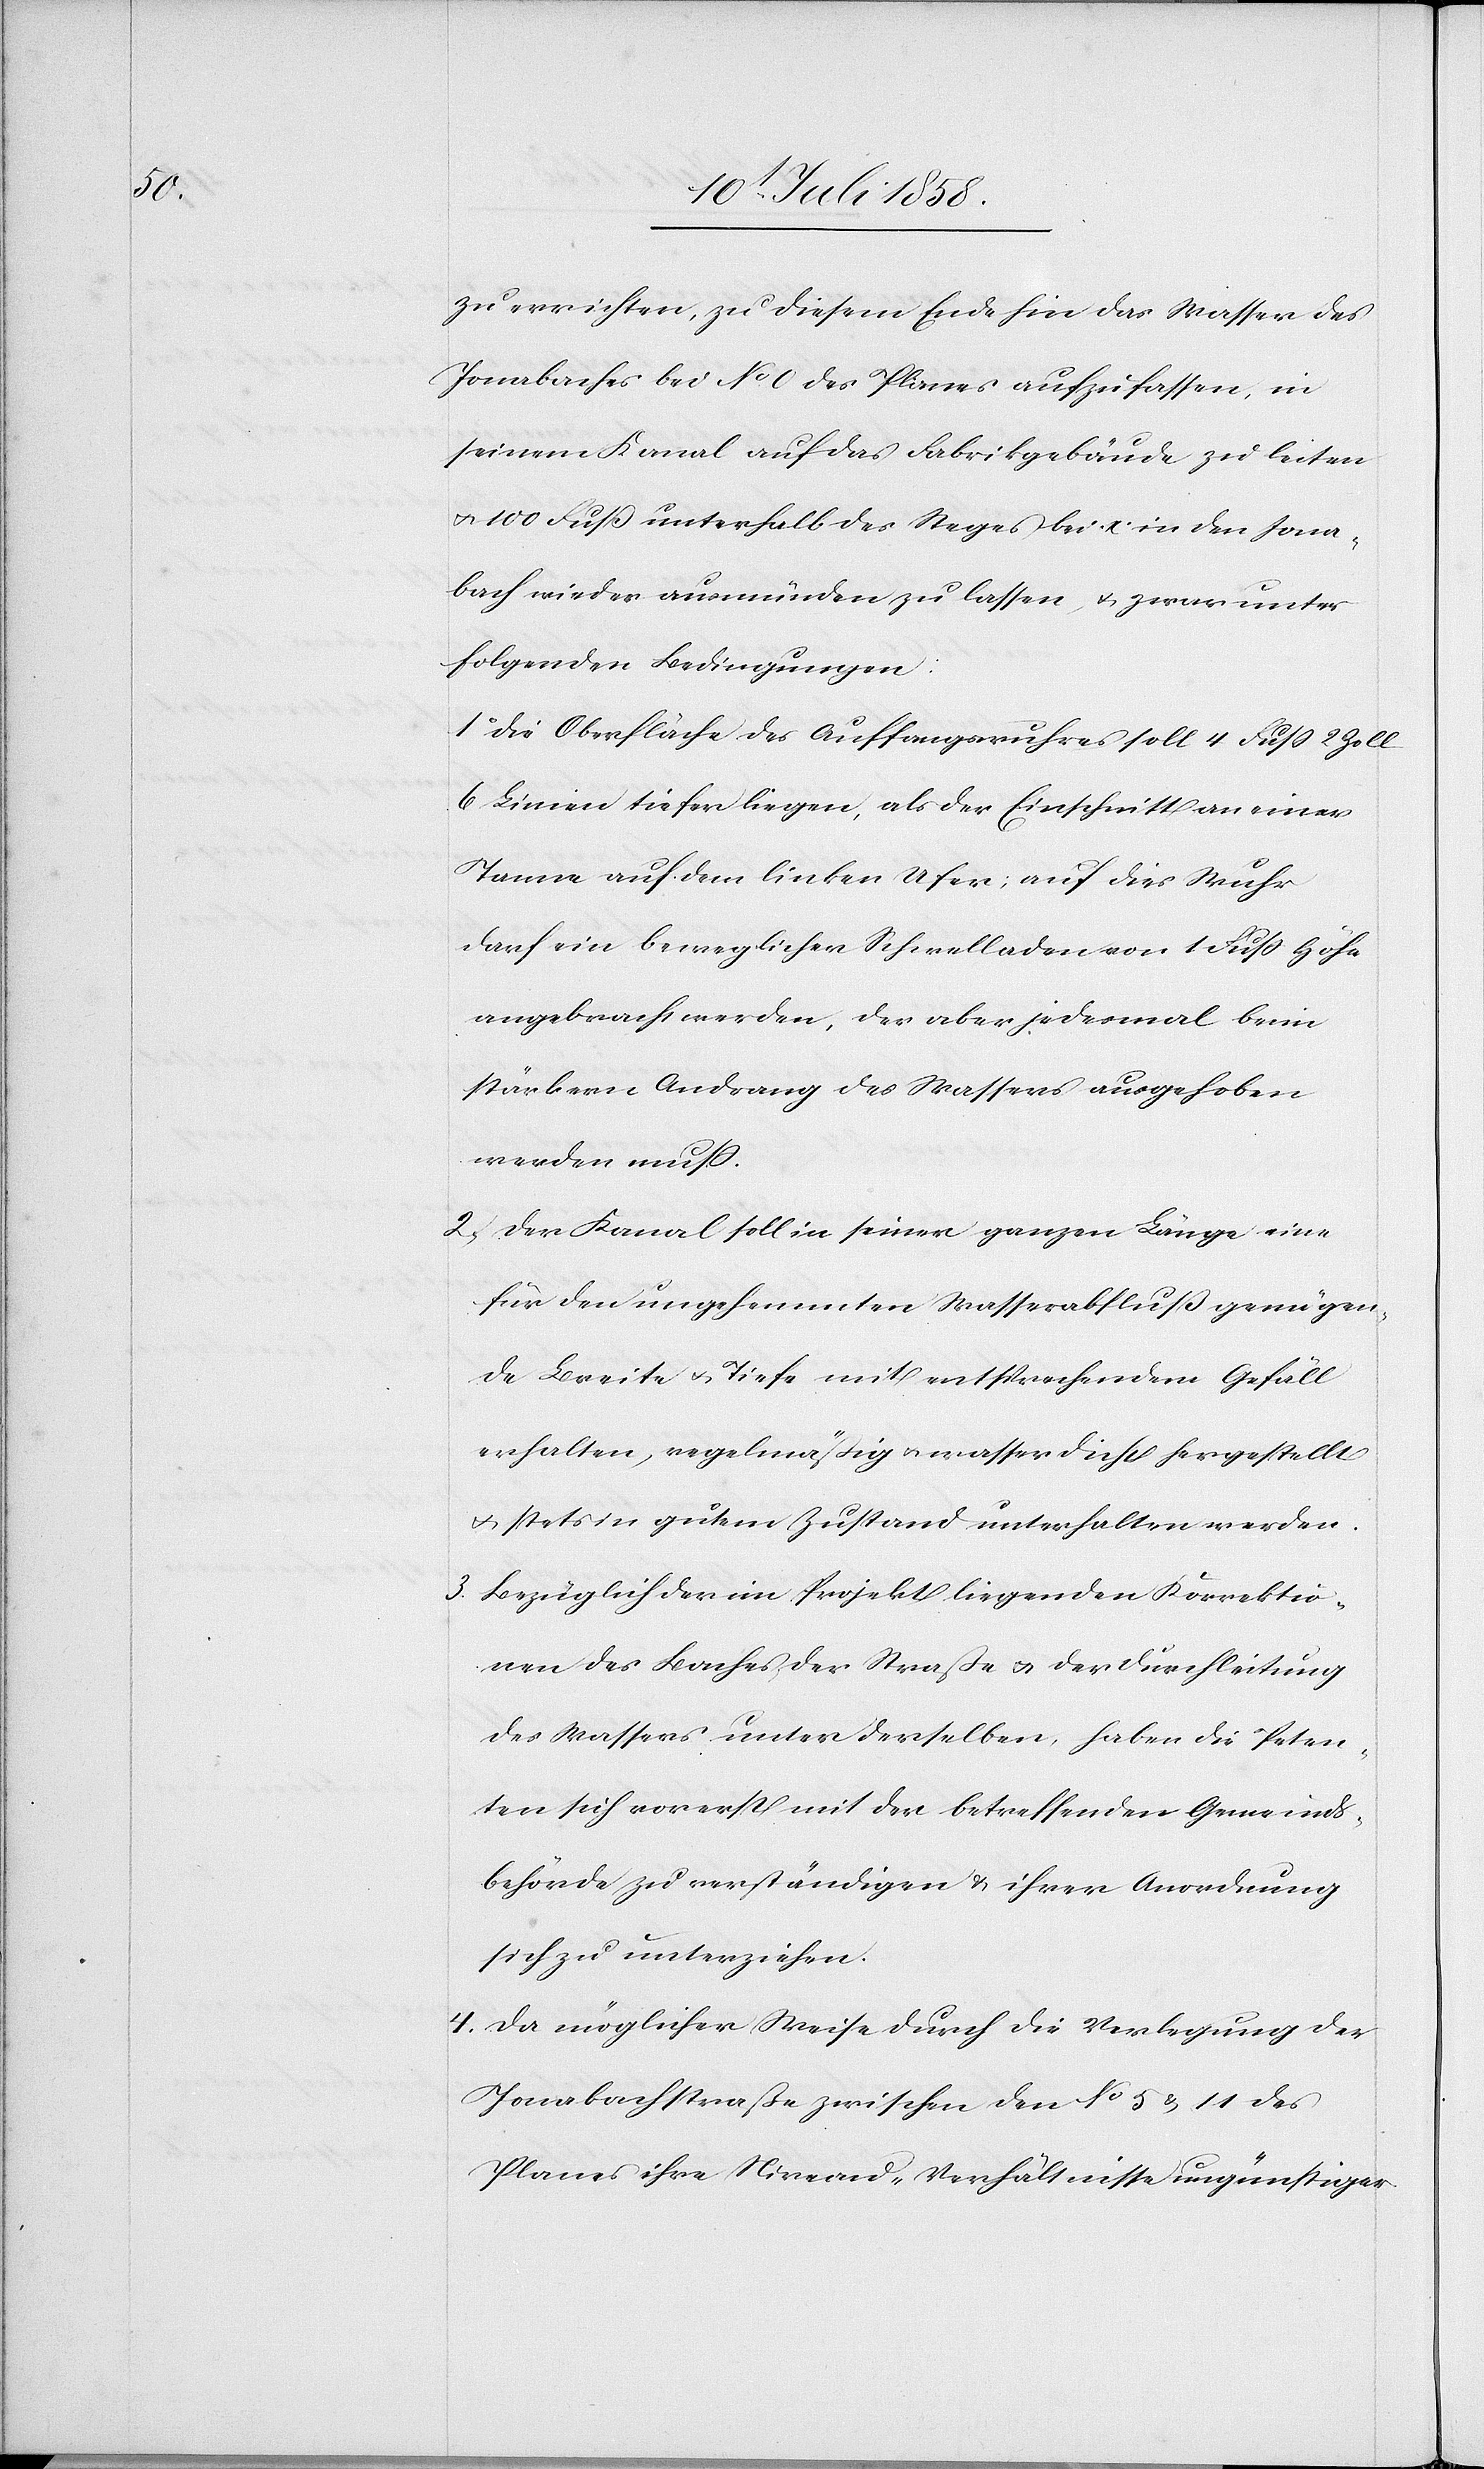
3.

zu errichten, zu diesem Ende hin das Wasser des
Jonabaches bei No 0 des Planes aufzufassen, in
seinem Kanal auf das Fabrikgebäude zu leiten
& 100 Fuß unterhalb des Steges bei x in den Jona¬
bach wieder ausmünden zu lassen, & zwar unter
folgenden Bedingungen:
Die Oberfläche des Auffangswuhres soll 4 Fuss 2 Zoll
6 Linien tiefer liegen, als der Einschnitt an einer
Tanne auf dem linken Ufer; auf dies Wuhr
darf ein beweglicher Schwelladen von 1 Fuss Höhe
angebracht werden, der aber jedesmal beim
stärkern Andrang des Wassers ausgehoben
werden muss.
Der Kanal soll in seiner ganzen Länge eine
für den ungehemmten Wasserabfluß genügen¬
de Breite & Tiefe mit entsprechendem Gefäll
erhalten, regelmäßig & wasserdicht hergestellt
& stets in gutem Zustand unterhalten werden.
Bezüglich der im Projekt liegenden Korrektio¬
nen des Baches der Straße & der Durchleitung
des Wassers unter derselben, haben die Peten¬
ten sich vorerst mit der betreffenden Gemeinds¬
behörde zu verständigen & ihrer Anordnung
sich zu unterziehen.
Da möglicher Weise durch die Verlegung der
Jonabachstraße zwischen den No 5 & 11 des
Planes ihre Niveau-Verhältnisse ungünstiger